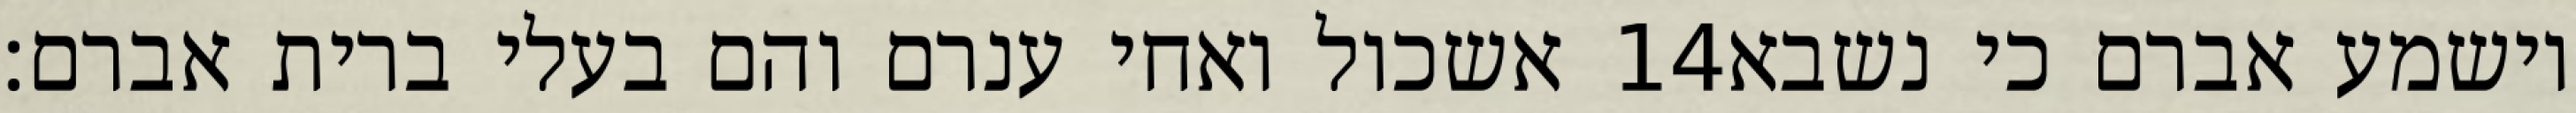
אשכול ואחי ענרם והם בעלי ברית אברם׃ ‎14‏ וישמע אברם כי נשבא